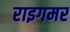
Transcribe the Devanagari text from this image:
राइगमर